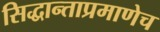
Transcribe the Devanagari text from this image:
सिद्धान्ताप्रमाणेच